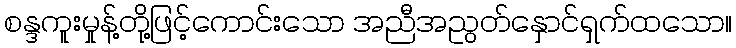
စန္ဒကူးမှုန့်တို့ဖြင့်ကောင်းသော အညီအညွတ်နှောင်ရှက်ထသော။